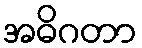
အဓိဂတာ